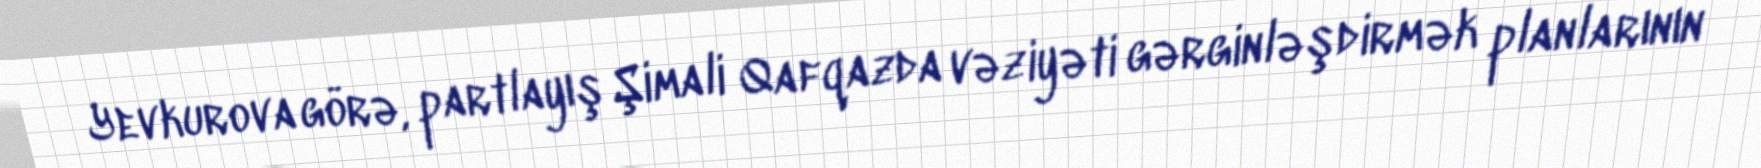
Yevkurova görə, partlayış Şimali Qafqazda vəziyəti gərginləşdirmək planlarının